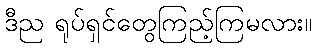
ဒီည ရုပ်ရှင်တွေကြည့်ကြမလား။